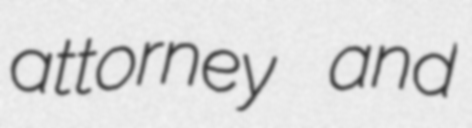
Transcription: attorney and